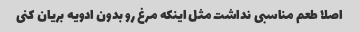
اصلا طعم مناسبی نداشت مثل اینکه مرغ رو بدون ادویه بریان کنی